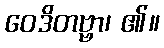
ဝေဒိတဗ္ဗာ၊ ၏။